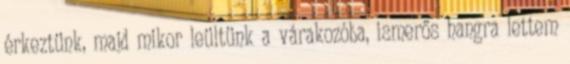
érkeztünk, majd mikor leültünk a várakozóba, ismerős hangra lettem